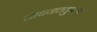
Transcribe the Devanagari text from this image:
साधनचतुष्टय